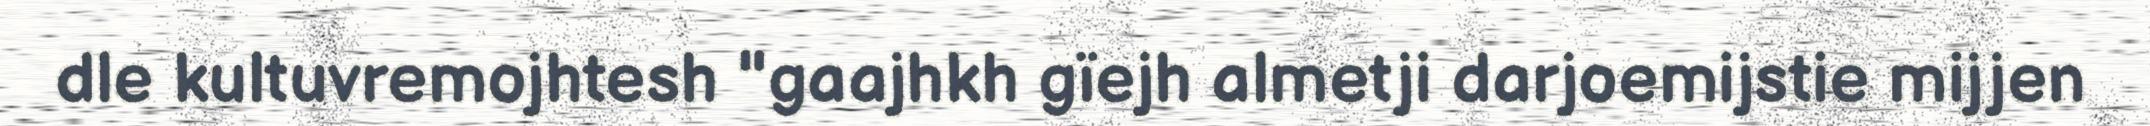
dle kultuvremojhtesh "gaajhkh gïejh almetji darjoemijstie mijjen